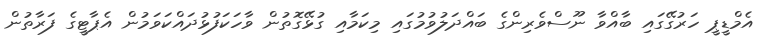
އެމްޑީޕީ ހަރުގޭގައި ބާއްވާ ނޫސްވެރިންގެ ބައްދަލުވުމުގައި މިކަމާއި ގުޅޭގޮތުން ވާހަކަފުޅުދައްކަވަމުން އެޕާޓީގެ ފަރާތުން